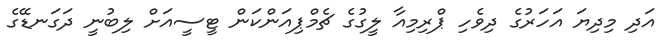
އަދި މިދިޔަ އަހަރުގެ ދިވެހި ޕްރިމިއާ ލީގުގެ ޗެމްޕިއަންކަން ޓީސީއަށް ލިބުނީ ދަގަނޑޭގެ